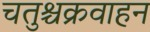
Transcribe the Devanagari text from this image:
चतुश्चक्रवाहन